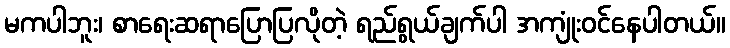
မကပါဘူး၊ စာရေးဆရာပြောပြလိုတဲ့ ရည်ရွယ်ချက်ပါ အကျုံးဝင်နေပါတယ်။